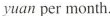
yuan per month.